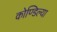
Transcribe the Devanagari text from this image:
कोण्डिल्या